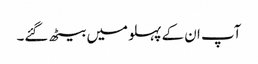
آپ ان کے پہلو میں بیٹھ گئے۔